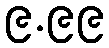
၉.၉၉